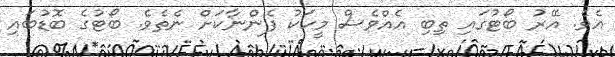
އެވެ. އޭރު ބޯޓުގައި ތިބި އެއްވެސް މީހަކު ފެންނާކަށް ނެތެވެ. ބޯޓުގެ ބޮޑުބައި